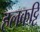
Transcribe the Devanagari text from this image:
हलकट्टि